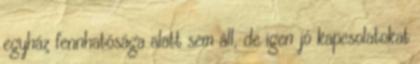
egyház fennhatósága alatt sem áll, de igen jó kapcsolatokat